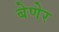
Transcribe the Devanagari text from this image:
बेणेर